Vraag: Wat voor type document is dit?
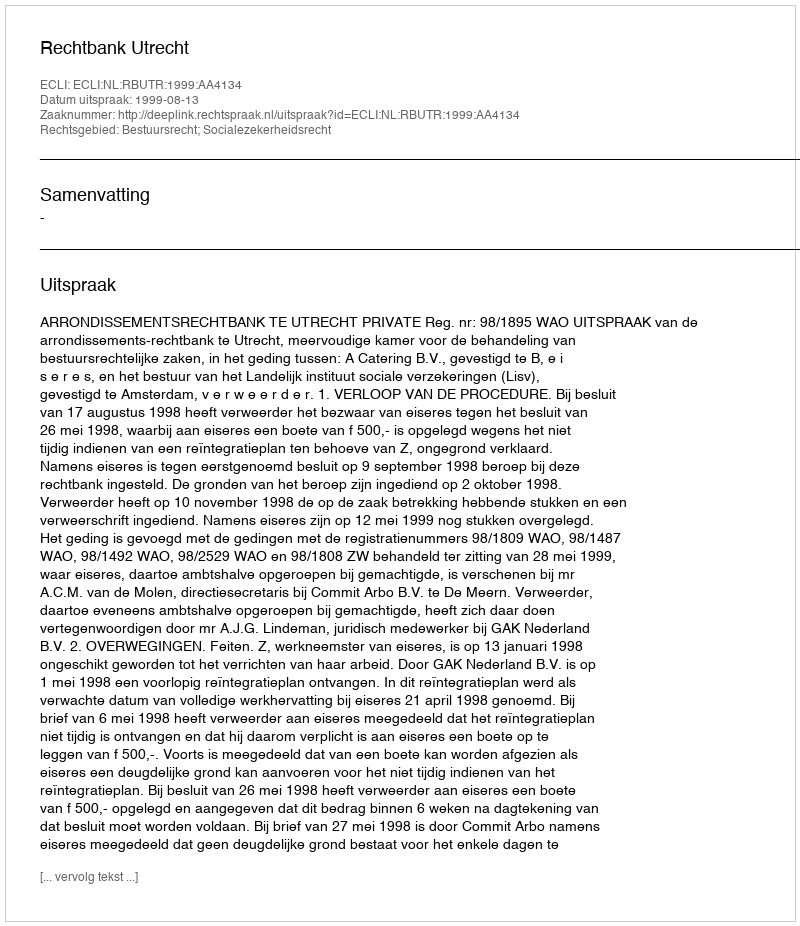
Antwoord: Uitspraak